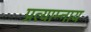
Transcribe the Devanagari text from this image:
प्रत्याम्नाय